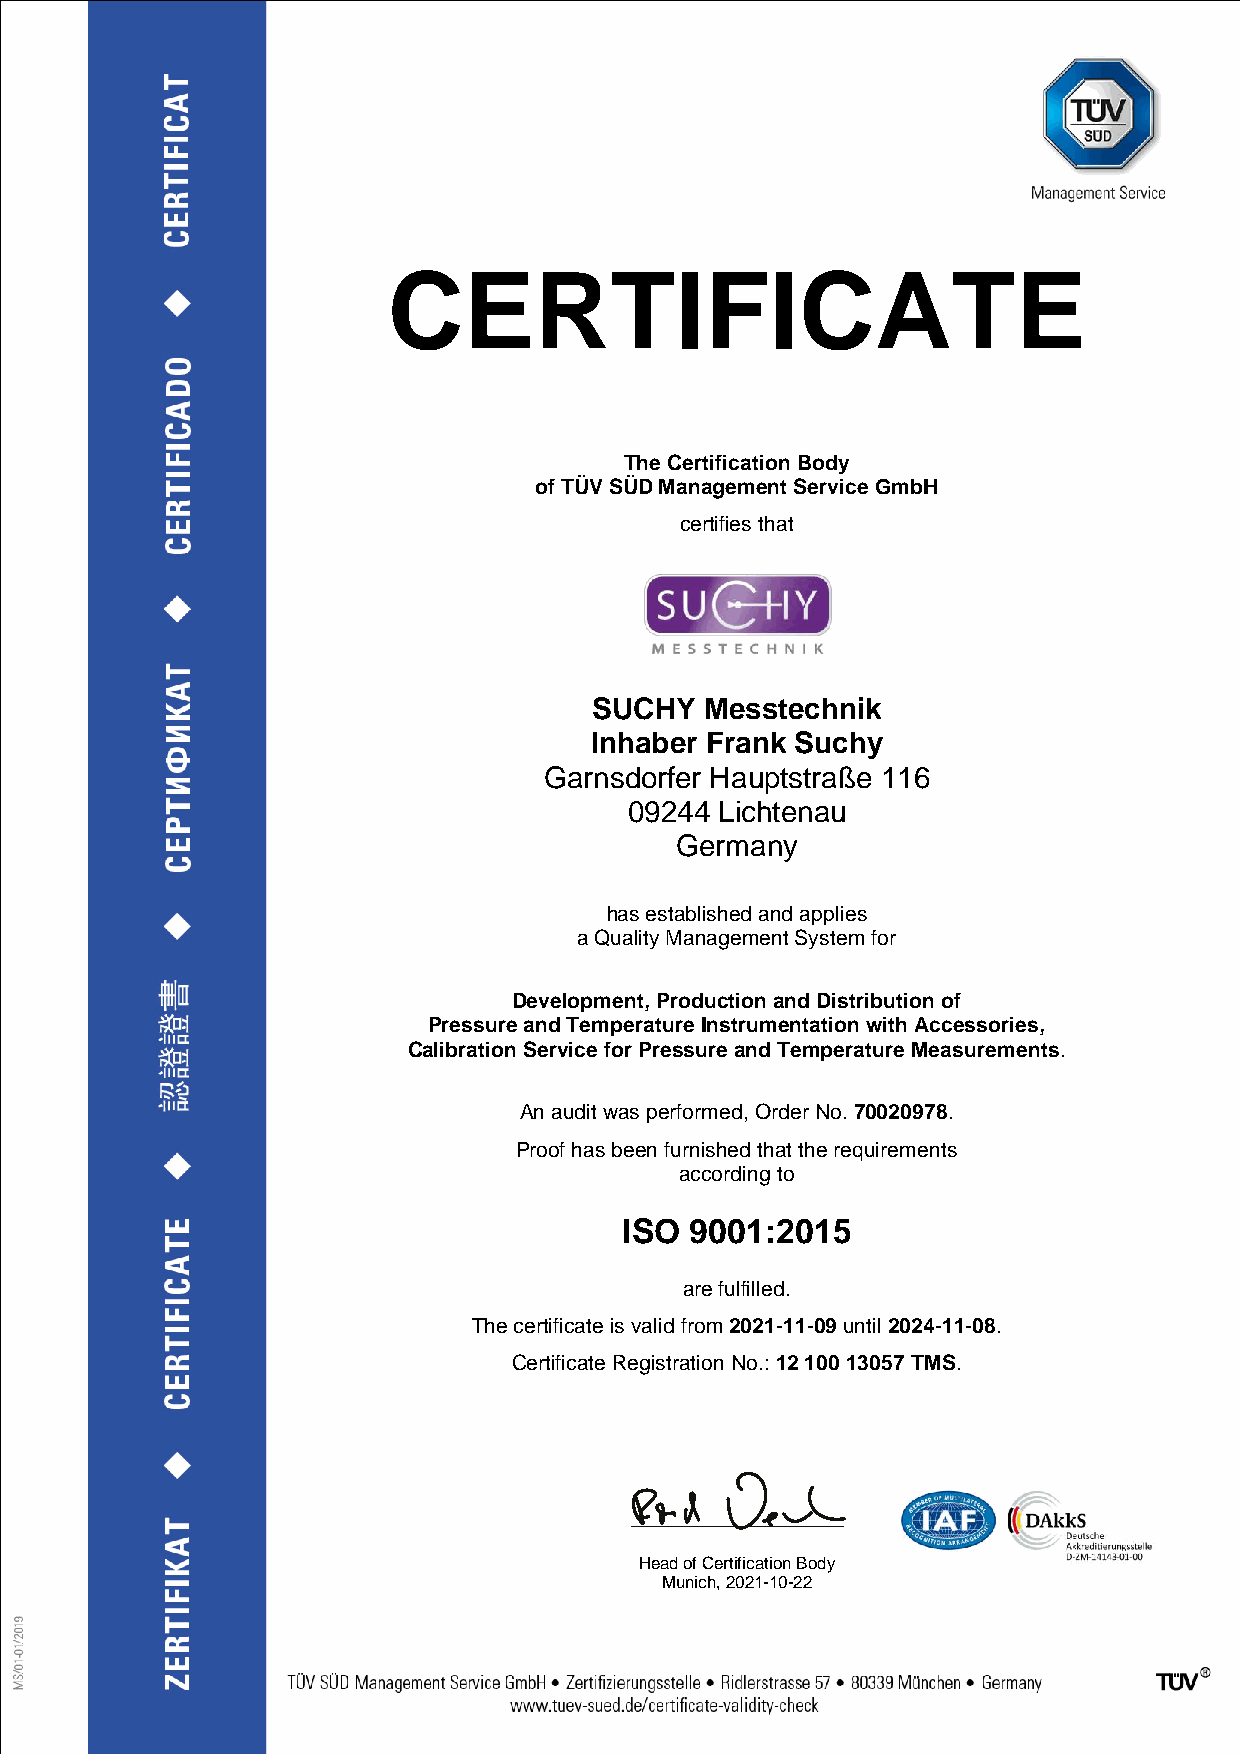
CERTIFICATE
 The Certification Body
 of TÜV SÜD Management Service GmbH
 certifies that
 SUCHY   Messtechnik
 Inhaber Frank Suchy
 Garnsdorfer Hauptstraße 116
 09244 Lichtenau
 Germany
 has established and applies
 a Quality Management System for
 Development, Production and Distribution of
 Pressure and Temperature Instrumentation with Accessories,
 Calibration Service for Pressure and Temperature Measurements.
 An audit was performed, Order No. 70020978.
 Proof has been furnished that the requirements
 according to
 ISO  9001:2015
 are fulfilled.
 The certificate is valid from 2021-11-09 until 2024-11-08.
 Certificate Registration No.: 12 100 13057 TMS.
 Head of Certification Body
 Munich, 2021-10-22